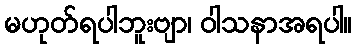
မဟုတ်ရပါဘူးဗျာ၊ ဝါသနာအရပါ။